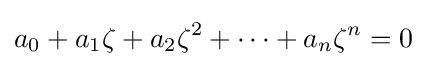
a_{0}+a_{1}\zeta +a_{2}\zeta ^{2}+\cdots +a_{n}\zeta ^{n}=0